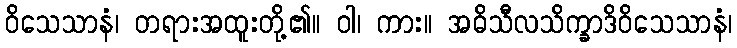
ဝိသေသာနံ၊ တရားအထူးတို့၏။ ဝါ၊ ကား။ အဓိသီလသိက္ခာဒိဝိသေသာနံ၊